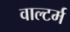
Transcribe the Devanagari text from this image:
वाल्टर्म